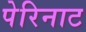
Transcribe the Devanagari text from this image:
पेरिनाट